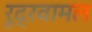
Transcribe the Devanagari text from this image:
रूद्रवामल